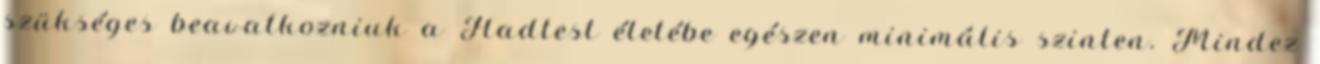
szükséges beavatkozniuk a Hadtest életébe egészen minimális szinten. Mindez